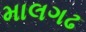
માલગઢ